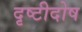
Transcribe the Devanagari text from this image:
दृष्टीदोष